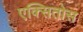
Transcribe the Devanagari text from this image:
एक्सितोस